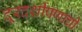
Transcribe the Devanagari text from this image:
दूरदर्शीपणाची